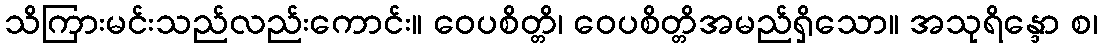
သိကြားမင်းသည်လည်းကောင်း။ ဝေပစိတ္တိ၊ ဝေပစိတ္တိအမည်ရှိသော။ အသုရိန္ဒော စ၊